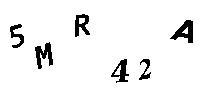
5MR42A